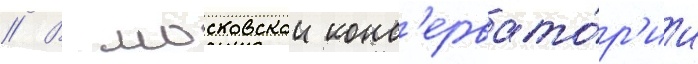
// В московскои конс'ервато́р'ии